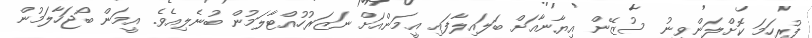
ފުރިހަމަ ކޮށްލަންވީނު ސުޒޭން އިޔާނާއަށް ބަލައިލާފައި އީމަންއަށް ނަޒަރުހުއްޓާލަމުން ބުނެލިއެވެ. އީމަން ބޯޖަހާލަމުން